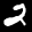
Label: 2